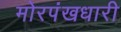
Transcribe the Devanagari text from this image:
मोरपंखधारी